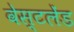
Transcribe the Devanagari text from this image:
वेस्टलेंड